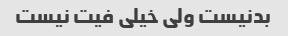
بدنیست ولی خیلی فیت نیست